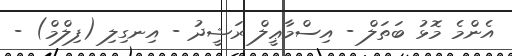
އެންމެ މޮޅު ބަތަލް - އިސްމާޢީލް ރަޝީދު - އިނގިލި (ފިލްމް) -